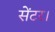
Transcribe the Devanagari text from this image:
सेंटर।